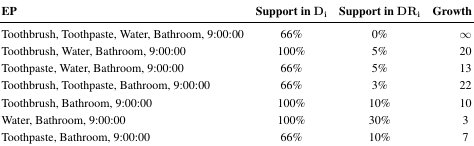
<table><thead><tr><td><b>EP</b></td><td><b>Support in D<sub>i</sub></b></td><td><b>Support in DR<sub>i</sub></b></td><td><b>Growth Rate</b></td></tr></thead><tbody><tr><td>Toothbrush, Toothpaste, Water, Bathroom, 9:00:00</td><td>66%</td><td>0%</td><td>∞</td></tr><tr><td>Toothbrush, Water, Bathroom, 9:00:00</td><td>100%</td><td>5%</td><td>20</td></tr><tr><td>Toothpaste, Water, Bathroom, 9:00:00</td><td>66%</td><td>5%</td><td>13</td></tr><tr><td>Toothbrush, Toothpaste, Bathroom, 9:00:00</td><td>66%</td><td>3%</td><td>22</td></tr><tr><td>Toothbrush, Bathroom, 9:00:00</td><td>100%</td><td>10%</td><td>10</td></tr><tr><td>Water, Bathroom, 9:00:00</td><td>100%</td><td>30%</td><td>3</td></tr><tr><td>Toothpaste, Bathroom, 9:00:00</td><td>66%</td><td>10%</td><td>7</td></tr></tbody></table>